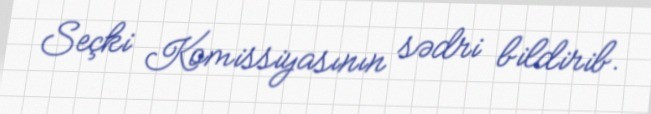
Seçki Komissiyasının sədri bildirib.